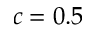
c = 0 . 5